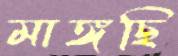
মাঙ্গছি